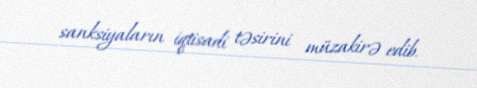
sanksiyaların iqtisadi təsirini müzakirə edib.